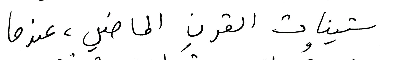
ستينات القرنٍِِ الماضي، عندما